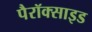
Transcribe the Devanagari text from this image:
पैरॉक्साइड